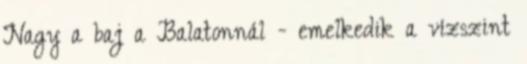
Nagy a baj a Balatonnál - emelkedik a vízszint